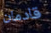
قادمان